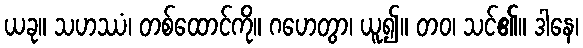
ယခု။ သဟဿံ၊ တစ်ထောင်ကို။ ဂဟေတွာ၊ ယူ၍။ တဝ၊ သင်၏။ ဒါနေ၊